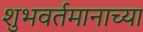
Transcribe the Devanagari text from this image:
शुभवर्तमानाच्या